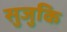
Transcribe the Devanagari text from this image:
सुजुकि